Civil Veterinary Dept. North-West Frontier Province 1923-32 - 1923-1932
Year: 1923
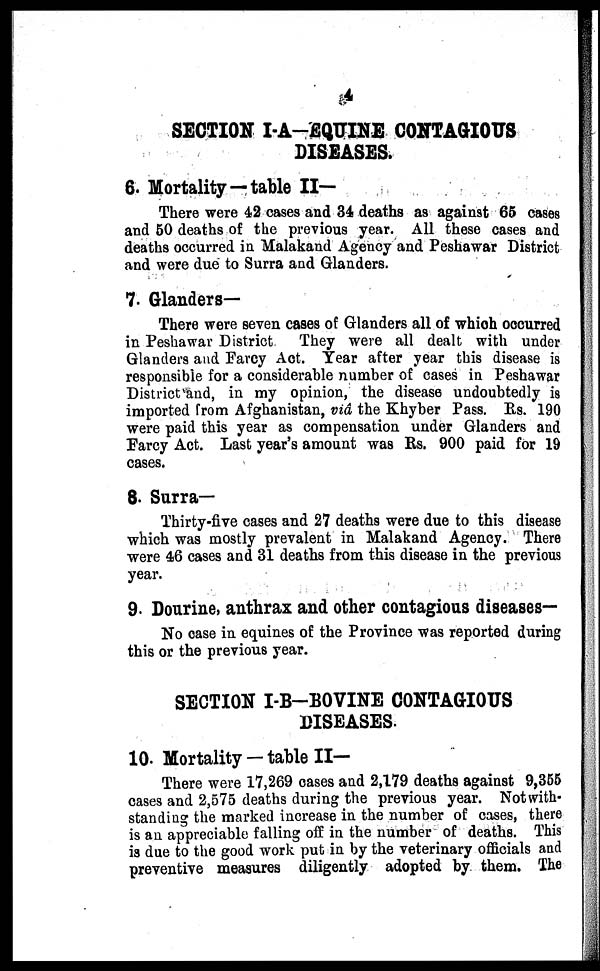
SECTION I-A-EQUINE CONTAGIOUS
DISEASES.
6. Mortality —table II—
There were 42 cases and 34 deaths as against 65 cases
and 50 deaths of the previous year. All these cases and
deaths occurred in Malakand Agency and Peshawar District
and were due to Surra and Glanders.
7. Glanders—
There were seven cases of Glanders all of which occurred
in Peshawar District
They were all dealt with under
Glanders and Farcy Act. Year after year this disease is
responsible for a considerable number of cases in Peshawar
District and, in my opinion, the disease undoubtedly is
imported from Afghanistan, viâ the Khyber Pass. Rs. 190
were paid this year as compensation under Glanders and
Farcy Act. Last year's amount was Rs. 900 paid for 19
cases.
8. Surra—
Thirty-five cases and 27 deaths were due to this disease
which was mostly prevalent in Malakand Agency. There
were 46 cases and 31 deaths from this disease in the previous
year.
9. Dourine, anthrax and other contagious diseases-
No case in equines of the Province was reported during
this or the previous year.
SECTION I-B-BOVINE CONTAGIOUS
DISEASES.
10. Mortality — table II—
There were 17,269 cases and 2,179 deaths against 9,355
cases and 2,575 deaths during the previous year. Notwith-
standing the marked increase in the number of cases, there
is an appreciable falling off in the number of deaths. This
is due to the good work put in by the veterinary officials and
preventive measures diligently adopted by them. The